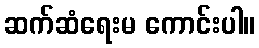
ဆက်ဆံရေးမ ကောင်းပါ။